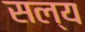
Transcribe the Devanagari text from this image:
सल्य